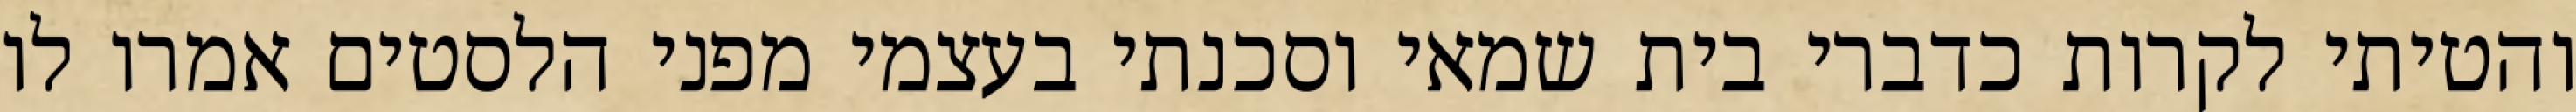
והטיתי לקרות כדברי בית שמאי וסכנתי בעצמי מפני הלסטים אמרו לו